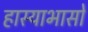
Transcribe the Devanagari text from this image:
हास्याभासो